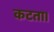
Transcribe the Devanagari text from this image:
कटता।